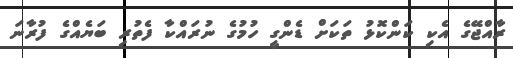
ރާއްޖޭގެ އެކި ކަންކޮޅު ތަކަށް ޑެންގީ ހުމުގެ ނުރައްކާ ފެތުރި ބަޔެއްގެ ފުރާނަ